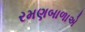
રમણબાળાએ